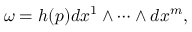
\omega = h ( p ) d x ^ { 1 } \wedge \cdots \wedge d x ^ { m } ,